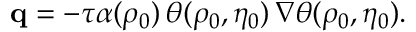
\mathbf { q } = - \tau \alpha ( \rho _ { 0 } ) \, \theta ( \rho _ { 0 } , \eta _ { 0 } ) \, \nabla \theta ( \rho _ { 0 } , \eta _ { 0 } ) .